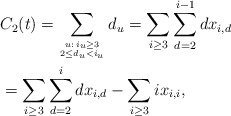
\begin{align*} &C_2(t) = \sum_{u:\,i_u \geq 3 \atop {2 \leq d_u < i_u}} d_u = \sum_{i \geq 3} \sum_{d = 2}^{i-1} dx_{i,d} \\ &= \sum_{i \geq 3}\sum_{d =2}^i dx_{i,d} - \sum_{i \geq 3} i x_{i,i},\\ \end{align*}